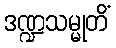
ဒဏ္ဍသမ္မုတိံ